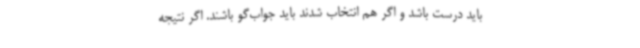
باید درست باشد و اگر هم انتخاب شدند باید جواب‌گو باشند. اگر نتیجه